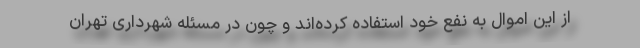
از این اموال به نفع خود استفاده کرده‌اند و چون در مسئله شهرداری تهران